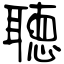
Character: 聴